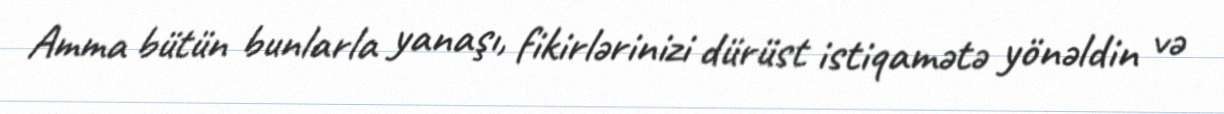
Amma bütün bunlarla yanaşı, fikirlərinizi dürüst istiqamətə yönəldin və